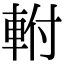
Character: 軵